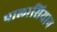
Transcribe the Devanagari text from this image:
पालासियान